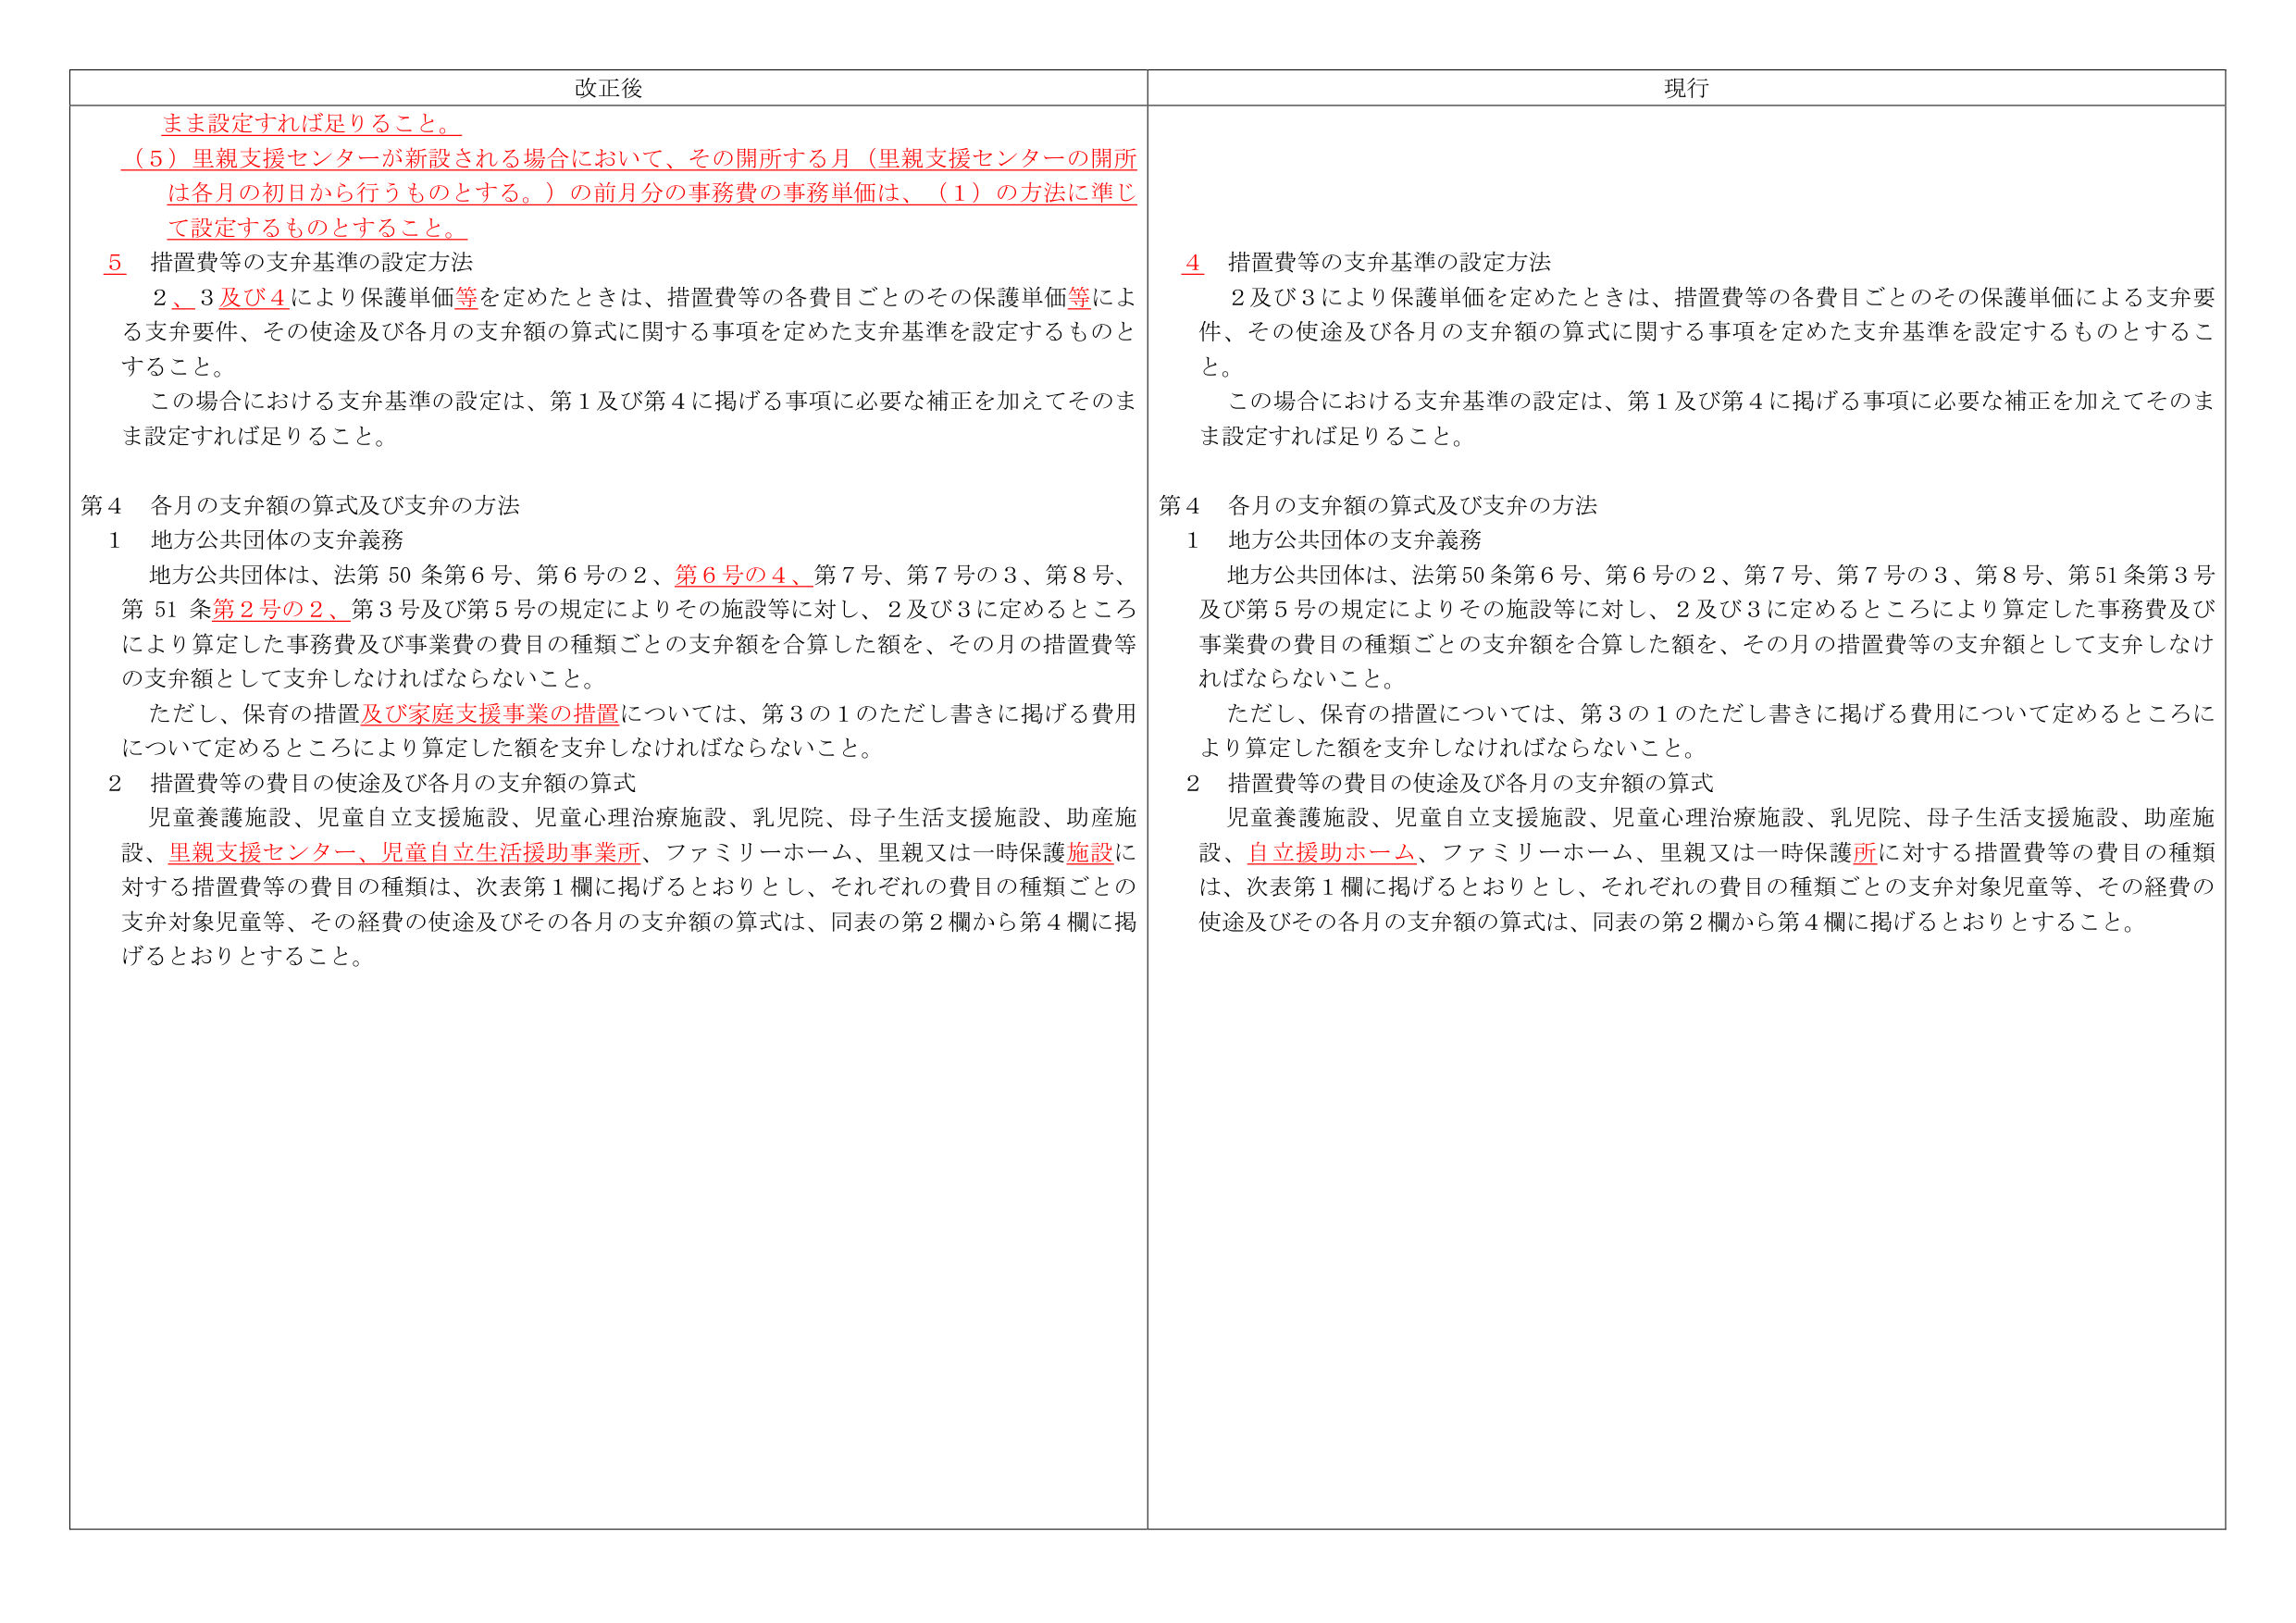
改正後
まま設定すれば足りること。
（5）里親支援センターが新設される場合において、その開所する月（里親支援センターの開所は各月の初日から行うものとする。）の前月分の事務費の事務単価は、（1）の方法に準じて設定するものとすること。
5 措置費等の支弁基準の設定方法
2、3及び4により保護単価等を定めたときは、措置費等の各費目ごとのその保護単価等による支弁要件、その使途及び各月の支弁額の算式に関する事項を定めた支弁基準を設定するものとすること。
この場合における支弁基準の設定は、第1及び第4に掲げる事項に必要な補正を加えてそのまま設定すれば足りること。
第4 各月の支弁額の算式及び支弁の方法
1 地方公共団体の支弁義務
地方公共団体は、法第50条第6号、第6号の2、第6号の4、第7号、第7号の3、第8号、第51条第2号の2、第3号及び第5号の規定によりその施設等に対し、2及び3に定めるところにより算定した事務費及び事業費の費目の種類ごとの支弁額を合算した額を、その月の措置費等の支弁額として支弁しなければならないこと。
ただし、保育の措置及び家庭支援事業の措置については、第3の1のただし書きに掲げる費用について定めるところにより算定した額を支弁しなければならないこと。
2 措置費等の費目の使途及び各月の支弁額の算式
児童養護施設、児童自立支援施設、児童心理治療施設、乳児院、母子生活支援施設、助産施設、里親支援センター、児童自立生活援助事業所、ファミリーホーム、里親又は一時保護施設に対する措置費等の費目の種類は、次表第1欄に掲げるとおりとし、それぞれの費目の種類ごとの支弁対象児童等、その経費の使途及びその各月の支弁額の算式は、同表の第2欄から第4欄に掲げるとおりとすること。

現行
4 措置費等の支弁基準の設定方法
2及び3により保護単価を定めたときは、措置費等の各費目ごとのその保護単価による支弁要件、その使途及び各月の支弁額の算式に関する事項を定めた支弁基準を設定するものとすること。
この場合における支弁基準の設定は、第1及び第4に掲げる事項に必要な補正を加えてそのまま設定すれば足りること。
第4 各月の支弁額の算式及び支弁の方法
1 地方公共団体の支弁義務
地方公共団体は、法第50条第6号、第6号の2、第7号、第7号の3、第8号、第51条第3号及び第5号の規定によりその施設等に対し、2及び3に定めるところにより算定した事務費及び事業費の費目の種類ごとの支弁額を合算した額を、その月の措置費等の支弁額として支弁しなければならないこと。
ただし、保育の措置については、第3の1のただし書きに掲げる費用について定めるところにより算定した額を支弁しなければならないこと。
2 措置費等の費目の使途及び各月の支弁額の算式
児童養護施設、児童自立支援施設、児童心理治療施設、乳児院、母子生活支援施設、助産施設、自立援助ホーム、ファミリーホーム、里親又は一時保護所に対する措置費等の費目の種類は、次表第1欄に掲げるとおりとし、それぞれの費目の種類ごとの支弁対象児童等、その経費の使途及びその各月の支弁額の算式は、同表の第2欄から第4欄に掲げるとおりとすること。